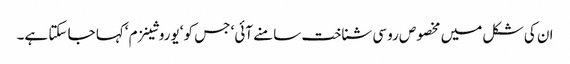
ان کی شکل میں مخصوص روسی شناخت سامنے آئی‘ جس کو ‘یوروشینزم ‘کہا جا سکتا ہے۔